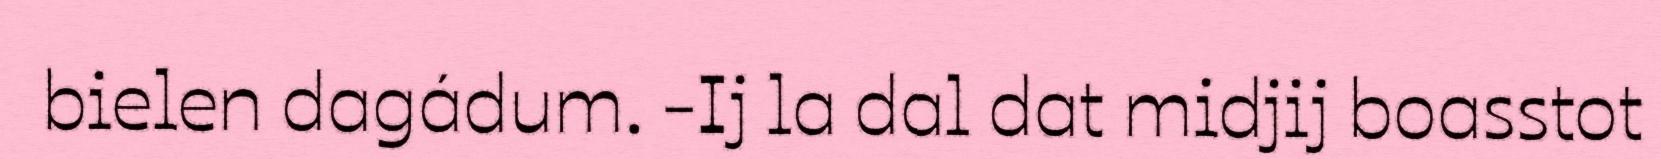
bielen dagádum. -Ij la dal dat midjij boasstot